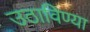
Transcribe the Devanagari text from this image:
उठाविण्या